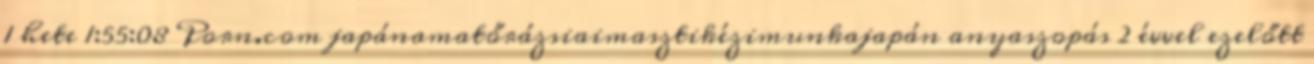
1 hete 1:55:08 Porn.com japánamatőrázsiaimasztikézimunkajapán anyaszopás 2 évvel ezelőtt